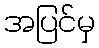
အပြင်မှ